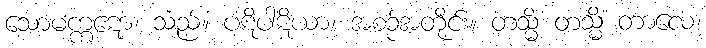
သောမက္ကဋော၊ သည်။ ပဋိပါဋိယာ၊ အစဉ်အတိုင်း။ တသ္မိံ တသ္မိံ တာလေ၊